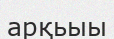
арқьыы